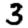
Digit: 3